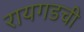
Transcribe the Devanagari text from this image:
रायगडची